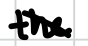
Text: the
Cross-out: diagonal
Writing tool: digital_black